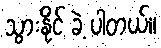
သွားနိုင် ခဲ့ ပါတယ်။